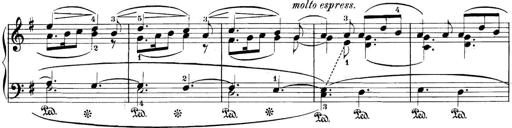
Title: 3 Sonatinas
Composer: Carl Reinecke